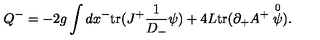
Q ^ { - } = - 2 g \int d x ^ { - } \mathrm { t r } ( J ^ { + } \frac { 1 } { D _ { - } } \psi ) + 4 L \mathrm { t r } ( \partial _ { + } A ^ { + } \stackrel { 0 } { \psi } ) .